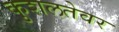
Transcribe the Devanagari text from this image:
कुशलतेवर